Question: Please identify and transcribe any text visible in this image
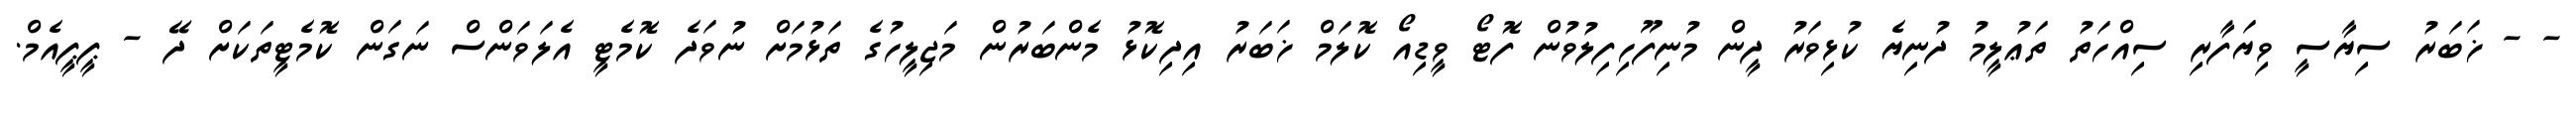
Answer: - - ޚަބަރު ސިޔާސީ ވިޔަފާރި ސިއްހަތު ތަޢުލީމު ދުނިޔެ ކުޅިވަރު ދީން މުނިފޫހިފިލުވުން ފޮޓޯ ވީޑިއޯ ކޮލަމް ޚަބަރު އިދިކޮޅު މެންބަރުން މަޖިލީހުގެ ތަޅުމަށް ނުވަދެ ކޮމެޓީ އެލަވަންސް ނަގަން ކޮމެޓީތަކަށް ދޭ - ޕީޕީއެމް.